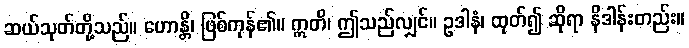
ဆယ်သုတ်တို့သည်။ ဟောန္တိ၊ ဖြစ်ကုန်၏။ ဣတိ၊ ဤသည်လျှင်။ ဥဒါနံ၊ ထုတ်၍ ဆိုရာ နိဒါန်းတည်း။